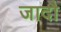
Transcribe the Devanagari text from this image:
जादौ